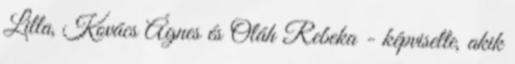
Lilla, Kovács Ágnes és Oláh Rebeka - képviselte, akik